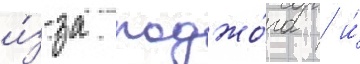
и́з-за поджо́га / и́